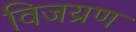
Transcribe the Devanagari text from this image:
विजय्रण